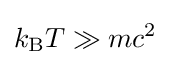
k_{\text{B}}T\gg mc^{2}